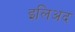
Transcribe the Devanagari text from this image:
इलिअद